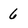
Character: 6